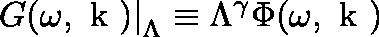
\left. G ( \omega , \mathrm { \boldmath ~ k ~ } ) \right| _ { \Lambda } \equiv \Lambda ^ { \gamma } \Phi ( \omega , \mathrm { \boldmath ~ k ~ } )